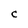
Character: C